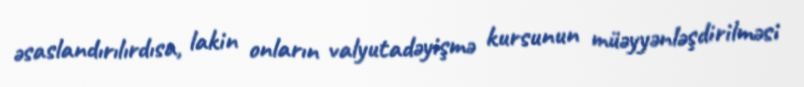
əsaslandırılırdısa, lakin onların valyutadəyişmə kursunun müəyyənləşdirilməsi